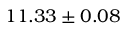
1 1 . 3 3 \pm 0 . 0 8